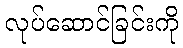
လုပ်ဆောင်ခြင်းကို